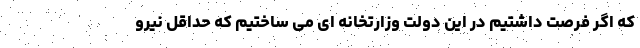
که اگر فرصت داشتیم در این دولت وزارتخانه ای می ساختیم که حداقل نیرو